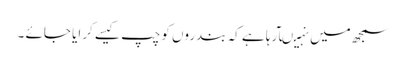
سمجھ میں نہیںآرہا ہے کہ بندروں کو چپ کیسے کرایا جائے ۔